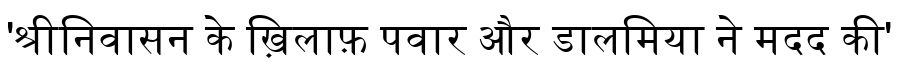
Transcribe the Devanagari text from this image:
'श्रीनिवासन के ख़िलाफ़ पवार और डालमिया ने मदद की'